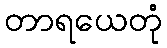
တာရယေတုံ